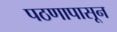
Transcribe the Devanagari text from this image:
पठणापासून